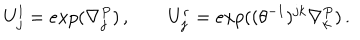
U _ { j } ^ { l } = e x p ( \nabla _ { j } ^ { P } ) \, , \qquad U _ { j } ^ { r } = e x p ( ( \theta ^ { - 1 } ) ^ { j k } \nabla _ { k } ^ { P } ) \, .